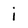
Character: i